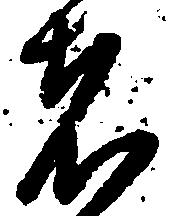
者